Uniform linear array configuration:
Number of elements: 48
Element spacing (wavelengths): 0.25
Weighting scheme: uniform
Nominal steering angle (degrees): -30
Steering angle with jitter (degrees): -30.573
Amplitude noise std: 0.05
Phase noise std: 0.05

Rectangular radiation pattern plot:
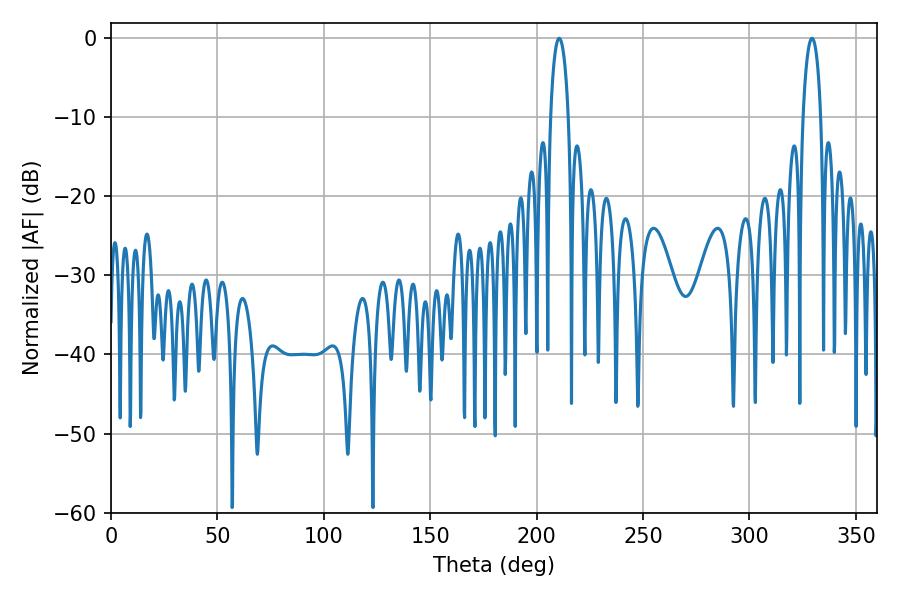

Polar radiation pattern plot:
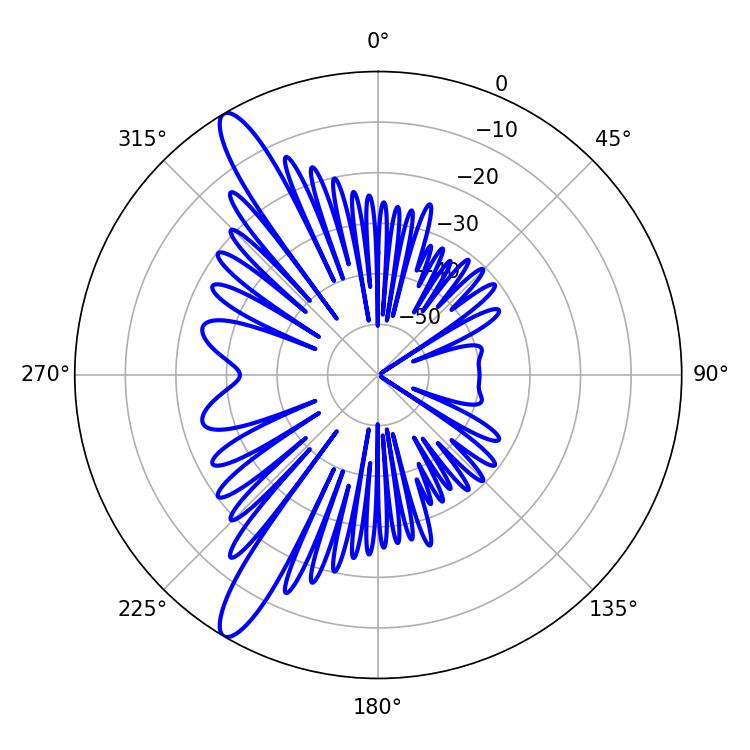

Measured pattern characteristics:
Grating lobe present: FALSE
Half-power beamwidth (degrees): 4.68
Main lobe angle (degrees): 210.6